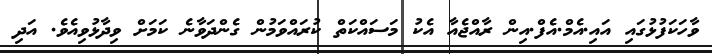
ވާހަކަފުޅުގައި އައި.އެމް.އެފް.އިން ރާއްޖެއާ އެކު މަސައްކަތް ކުރައްވަމުން ގެންދަވާނެ ކަމަށް ވިދާޅުވިއެވެ. އަދި